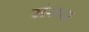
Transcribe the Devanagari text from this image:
संसद।